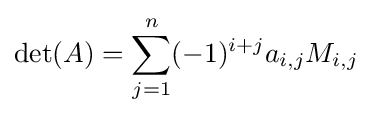
\det(A)=\sum _{j=1}^{n}(-1)^{i+j}a_{i,j}M_{i,j}